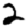
Digit: 2